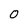
Character: O